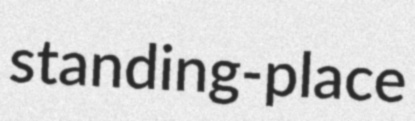
standing-place